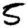
Digit: 5